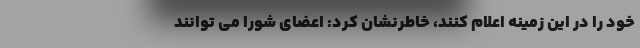
خود را در این زمینه اعلام کنند، خاطرنشان کرد: اعضای شورا می توانند